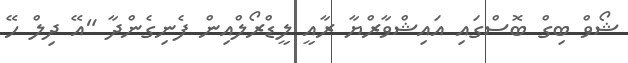
ޝޯވް ބިގް ބޮސްގައި އައިޝްވާރްޔާ ރާއީ ލީޑްރޯލްއިން ފެނިގެންދާ "އޭ ދިލް ހޭ